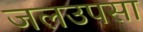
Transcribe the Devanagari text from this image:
जलउपसा